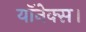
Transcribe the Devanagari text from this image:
यॉनेक्स।